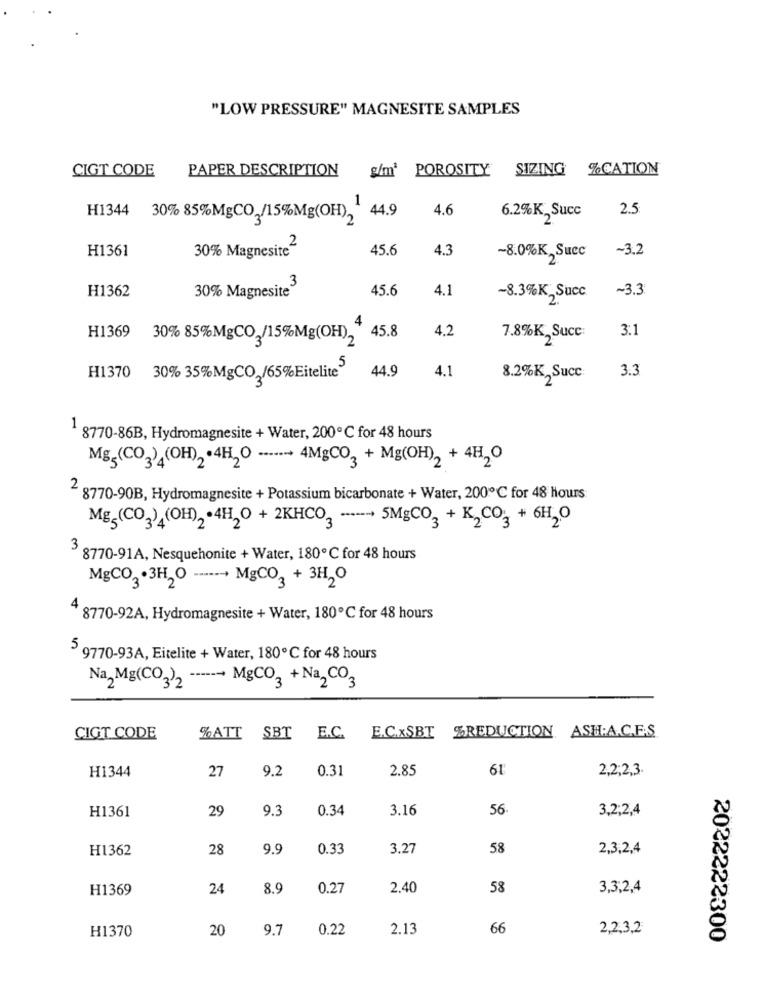
"LOW PRESSURE" MAGNESITE SAMPLES
CIGT CODE
PAPER DESCRIPTION
g/m' POROSITY SIZING %CATION
H1344
4.6
6.2%K Succ
2.5
30% 85%MgCO,/15%Mg(OH), 44.9
H1361
30% Magnesite2
45.6
4.3
~8.0%K,Succ
~3.2
H1362
30% Magnesite3
45.6
4.1
~8.3%K Succ
~3.3
4
45.8
4.2
3.1
H1369
30% 85%MgCO /15%Mg(OH)2
7.8%K, Succ:
4.1
3.3
H1370
30% 35%MgCO /65%Eitelite"
44.9
8.2%K,Succ:
1
8770-86B, Hydromagnesite + Water, 200℃ for 48 hours
Mg,(CO2) (OH), . 4H,O ------ 4MgCO2 + Mg(OH), +4H2O
8770-90B, Hydromagnesite + Potassium bicarbonate + Water, 200℃ for 48 Hours
Mg5(CO3),(OH), · 4H,O + 2KHCO2 ------ + 5MgCO2 + K,CO2 + 6H2O
3
8770-91A, Nesquehonite + Water, 180 ℃ for 48 hours
MgCO2 .3H,O
....- MgCO2 + 3H2O
4 8770-92A, Hydromagnesite + Water, 180℃ for 48 hours
5 9770-93A, Eitelite + Water, 180℃ for 48 hours
Na2Mg(CO2)2 ------ MgCO3 + Na2CO3
CIGT CODE
%ATT SBT E.C. E.C.xSBT
%REDUCTION ASH:A.C.F.S.
H1344
27
9.2
0.31
2.85
61
2,2;2,3
H1361
29
9.3
0.34
3.16
56
3,2;2,4
H1362
28
9.9
0.33
3.27
58
2,3,2,4
H1369
24
8.9
0.27
2.40
58
3,3,2,4
H1370
20
9.7
0.22
2.13
66
2,2,3,2
2022222300